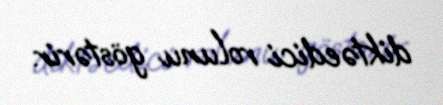
diktəedici rolunu göstərir.